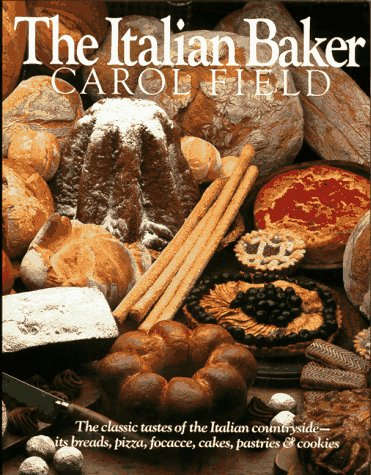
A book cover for The Italian Baker; Carol Field; Cookbooks, Food & Wine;